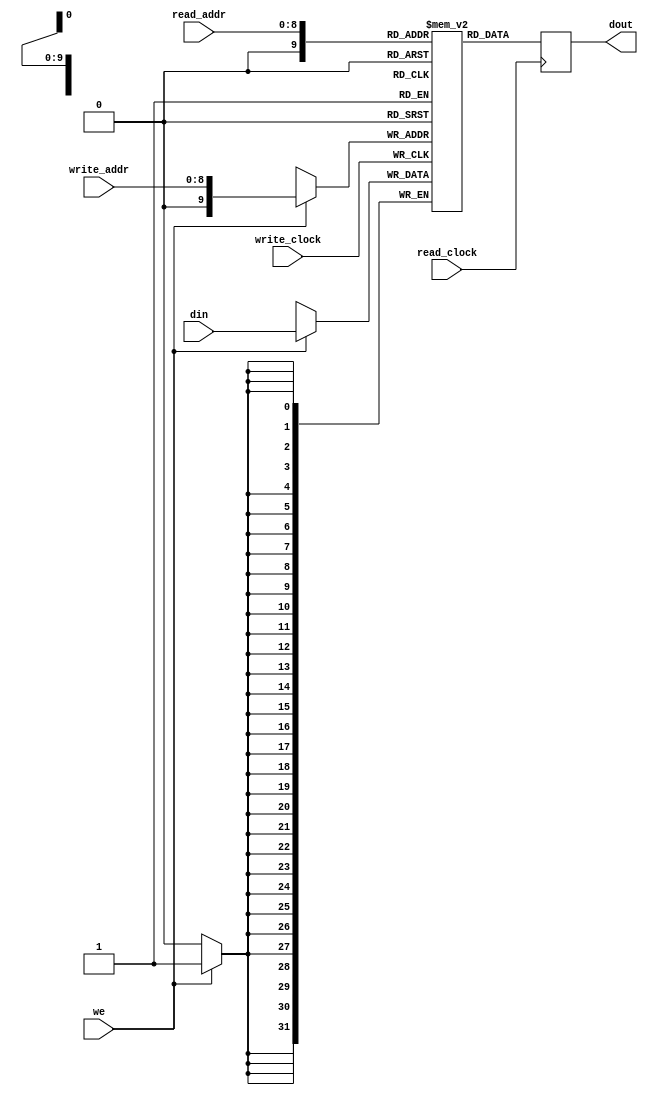
module ram_simple_dp_dc_512x32_logic(
   input      [31:0] din,
   input     [8:0] read_addr, write_addr,       // two addresses
   input     we, read_clock, write_clock, // two clocks
   output [31:0] dout);

   reg [31:0] dout;


   (* ram_style = "logic" *)
   reg        [31:0] ram[0:512];
   always @ (posedge write_clock)                // write clock
     begin
        if (we)
           ram[write_addr] <= din;
     end
   always @ (posedge read_clock)                 // read clock
     begin
        dout <= ram[read_addr];                     // register output
     end
endmodule